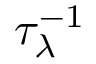
\tau _ { \lambda } ^ { - 1 }